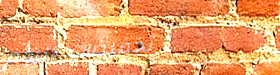
تخفيضات اليوم